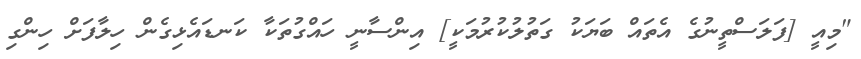
"މިއީ [ފަލަސްތީނުގެ އެތައް ބަޔަކު ގަތުލުކުރުމަކީ] އިންސާނީ ހައްގުތަކާ ކަނޑައެޅިގެން ހިލާފަށް ހިންގި